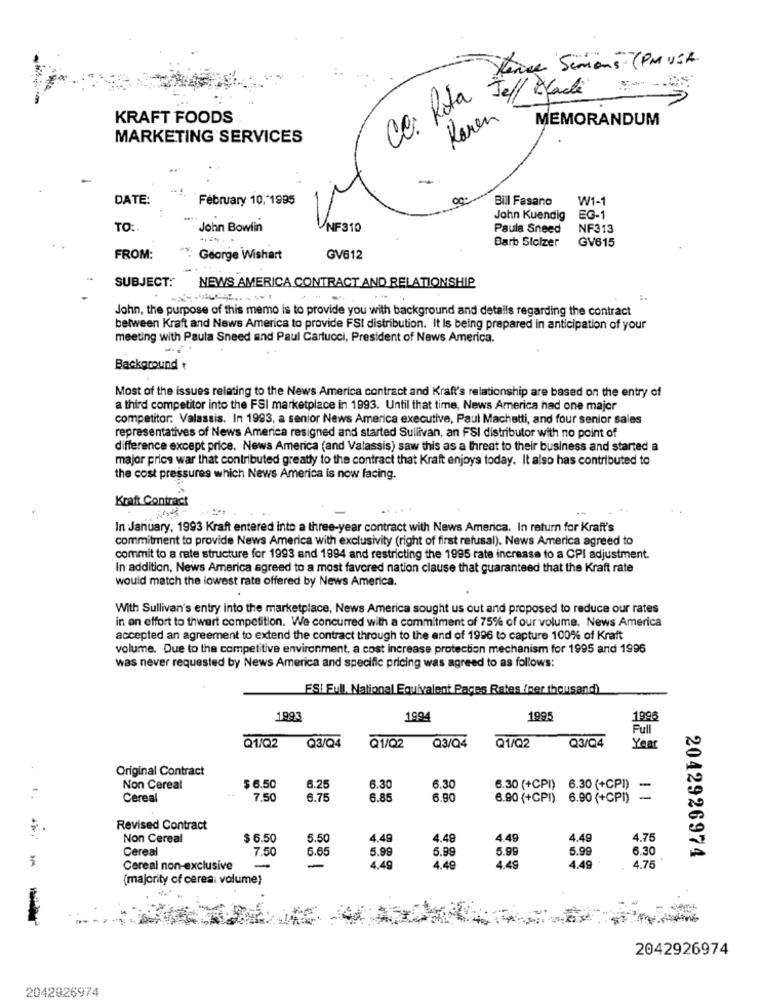
Hence Semons ( PM USA
CO: Rta
Jeff Ryadli
KRAFT FOODS
Karen
MEMORANDUM
MARKETING SERVICES
DATE:
February 10,"1995
Bill Fasano
W1-1
John Kuendig
EG-1
TO:
John Bowlin
NF310
Paula Sneed
NF313
Barb Stolzer
GV615
FROM:
"": George Wishart
GV612
SUBJECT:
NEWS AMERICA CONTRACT AND RELATIONSHIP
John, the purpose of this memo is to provide you with background and details regarding the contract
between Kraft and News America to provide FSI distribution. It Is being prepared in anticipation of your
meeting with Paula Sneed and Paul Cartucci, President of News America.
Background
Most of the issues relating to the News America contract and Kraft's relationship are based on the entry of
a third competitor into the FSI marketplace in 1993. Until that time, News America had one major
competitor: Valassis. In 1993, a senior News America executive, Paul Machatti, and four senior sales
representatives of News America resigned and started Sullivan, an FSI distributor with no point of
difference except price. News America (and Valassis) saw this as a threat to their business and started a
major price war that contributed greatly to the contract that Kraft enjoys today. It also has contributed to
the cost pressures which News America is now facing.
Kraft Contract
In January, 1993 Kraft entered into a three-year contract with News America. In return for Kraft's
commitment to provide News America with exclusivity (right of first refusal), News America agreed to
commit to a rate structure for 1993 and 1994 and restricting the 1995 rate increase to a CPI adjustment.
In addition, News America agreed to a most favored nation clause that guaranteed that the Kraft rate
would match the lowest rate offered by News America.
With Sullivan's entry into the marketplace, News America sought us out and proposed to reduce our rates
in an effort to thwart competition. We concurred with a commitment of 75% of our volume. News America
accepted an agreement to extend the contract through to the end of 1996 to capture 100% of Kraft
volume. Due to the competitive environment, a cost increase protection mechanism for 1995 and 1996
was never requested by News America and specific pricing was agreed to as follows:
ESI Full. National Equivalent Pages Rates (per thousand)
1993
1994
1995
199
Full
Q1/Q2
Q3/Q4
Q1/02
Q3/Q4
Q1/Q2
Q3/Q4
Year
Original Contract
Non Cereal
$ 6.50
6.25
6.30
6.30
6.30 (+CPI) 6.30 (+CPI)
-
Cereal
7.50
6.75
6.89
6.90
6.90 (+CPI)
6.90 (+CPI)
-
Revised Contract
Non Cereal
$ 6.50
5.50
4.49
4.49
4.49
4.49
4.75
Cereal
7.50
6.65
5.99
5.99
5.99
5.99
6.30
2042926974
Cereal non-exclusive
4.49
4.49
4.49
4.49
4.75
(majority of ceres: volume)
2042926974
2042026974